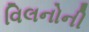
વિલનોની